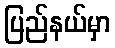
ပြည်နယ်မှာ